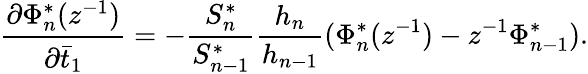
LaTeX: \frac{\partial\Phi_{n}^{*}(z^{-1})}{\partial\bar{t}_{1}}=-\frac{S_{n}^{*}}{S_{n-1}^{*}}\frac{h_{n}}{h_{n-1}}(\Phi_{n}^{*}(z^{-1})-z^{-1}\Phi_{n-1}^{*}).